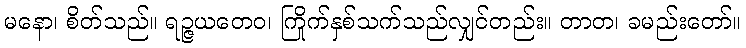
မနော၊ စိတ်သည်။ ရဉ္ဇယတေဝ၊ ကြိုက်နှစ်သက်သည်လျှင်တည်း။ တာတ၊ ခမည်းတော်။